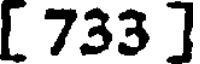
[ 733 ]